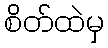
စိတ်ထဲမှ